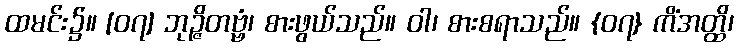
ထမင်း၌။ [၀၇] ဘုဉ္ဇိတဗ္ဗံ၊ စားဖွယ်သည်။ ဝါ၊ စားစရာသည်။ {၀၇} ကိံအတ္ထိ၊